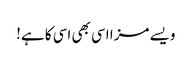
ویسے مزا اسی بھی اسی کا ہے!